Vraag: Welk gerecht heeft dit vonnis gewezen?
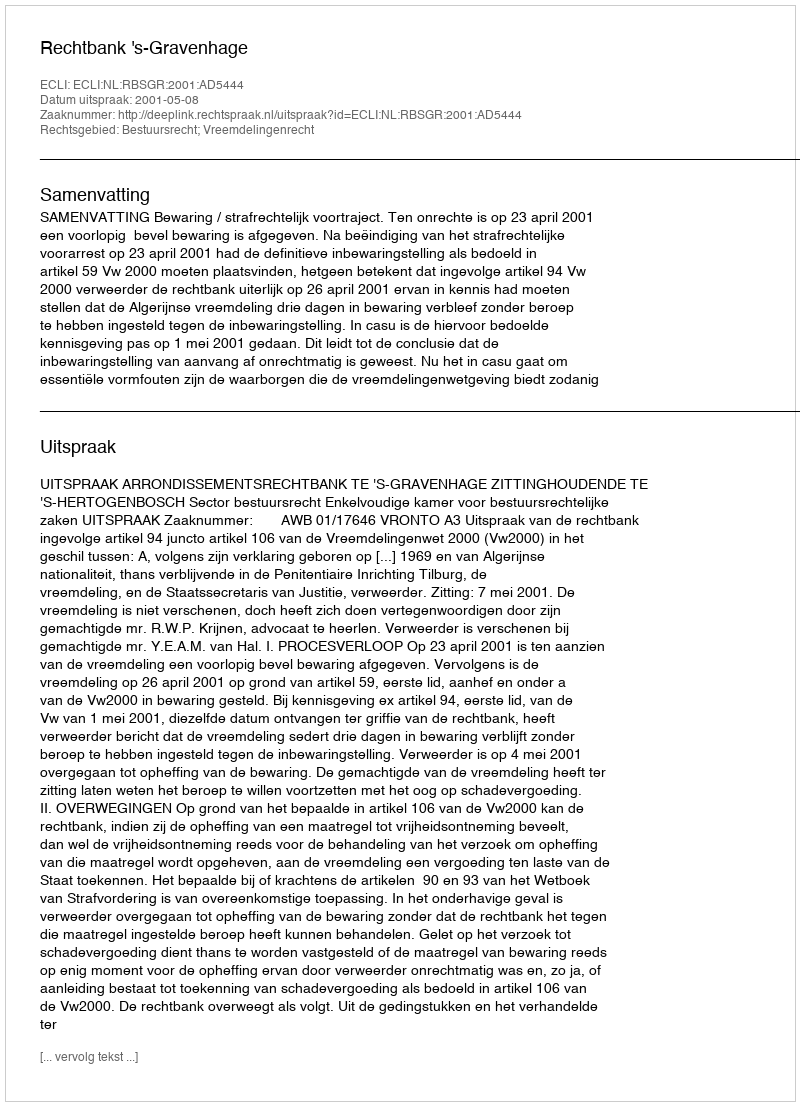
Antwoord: Rechtbank 's-Gravenhage